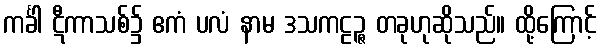
ကင်္ခါ ဋီကာသစ်၌ ဧကံ ပလံ နာမ ဒသကဠဉ္ဇ တခုဟုဆိုသည်။ ထို့ကြောင့်